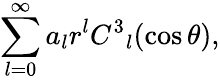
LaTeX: \sum_{l=0}^{\infty}a_{l}r^{l}C^{3}{}_{l}(\cos\theta),